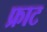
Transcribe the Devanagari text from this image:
फ्राट